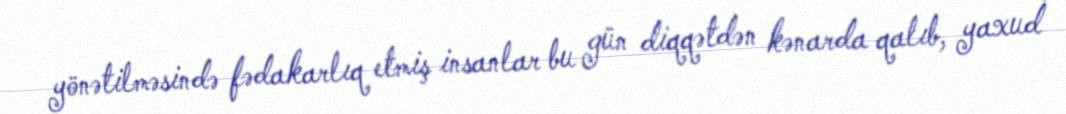
yönətilməsində fədakarlıq etmiş insanlar bu gün diqqətdən kənarda qalıb, yaxud